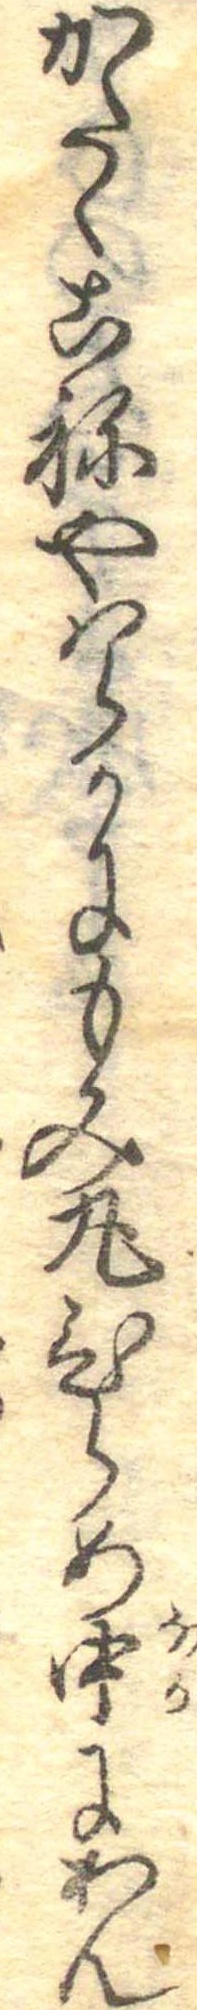
かたくこねやはらかにもみ丸ひらめ中にあん